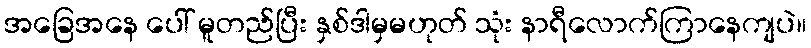
အခြေအနေ ပေါ် မူတည်ပြီး နှစ်ဒါမှမဟုတ် သုံး နာရီလောက်ကြာနေကျပဲ။